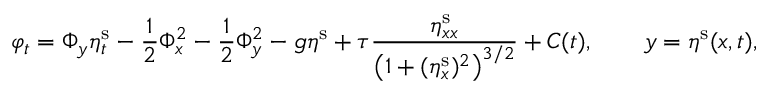
\varphi _ { t } = \Phi _ { y } \eta _ { t } ^ { \mathrm { s } } - \frac { 1 } { 2 } \Phi _ { x } ^ { 2 } - \frac { 1 } { 2 } \Phi _ { y } ^ { 2 } - g \eta ^ { \mathrm { s } } + \tau \frac { \eta _ { x x } ^ { \mathrm { s } } } { \big ( 1 + ( \eta _ { x } ^ { \mathrm { s } } ) ^ { 2 } \big ) ^ { 3 / 2 } } + C ( t ) , \qquad y = \eta ^ { \mathrm { s } } ( x , t ) ,